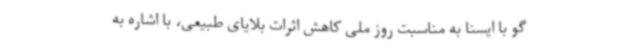
گو با ایسنا به مناسبت روز ملی کاهش اثرات بلایای طبیعی، با اشاره به